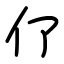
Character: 𠆨